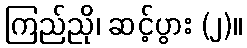
ကြည်ညို၊ ဆင့်ပွား (၂)။